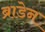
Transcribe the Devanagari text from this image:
ब्राडेन